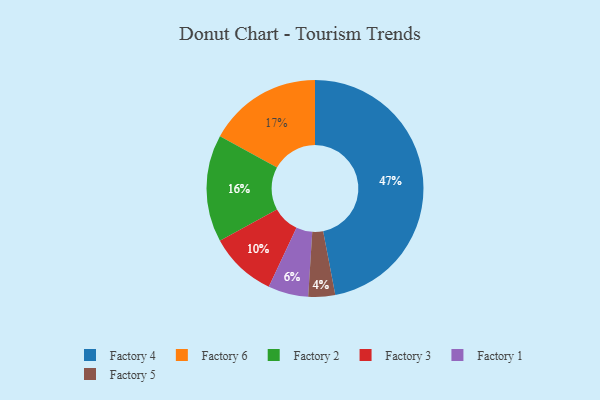
{"axis": {"x": "Category", "y": "Percentage"}, "legend": ["Factory 1", "Factory 2", "Factory 3", "Factory 4", "Factory 5", "Factory 6"], "data": [{"x": "Factory 3", "y": 10, "type": "Factory 3"}, {"x": "Factory 4", "y": 47, "type": "Factory 4"}, {"x": "Factory 2", "y": 16, "type": "Factory 2"}, {"x": "Factory 5", "y": 4, "type": "Factory 5"}, {"x": "Factory 1", "y": 6, "type": "Factory 1"}, {"x": "Factory 6", "y": 17, "type": "Factory 6"}]}